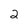
Character: 2